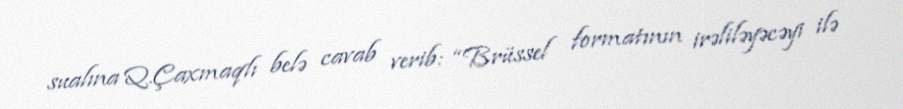
sualına Q.Çaxmaqlı belə cavab verib: “Brüssel formatının irəliləyəcəyi ilə